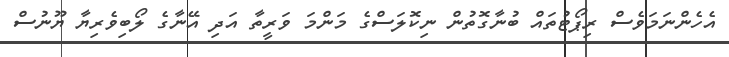
އެހެންނަމަވެސް ރިޕޯޓުތައް ބުނާގޮތުން ނިކޮލަސްގެ މަންމަ ވަރީތާ އަދި އޭނާގެ ލޯބިވެރިޔާ ޔޫނުސް